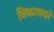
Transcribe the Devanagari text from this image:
विकासको